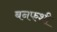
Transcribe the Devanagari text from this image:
बनफशी